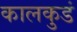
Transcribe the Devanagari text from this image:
कालकुडं